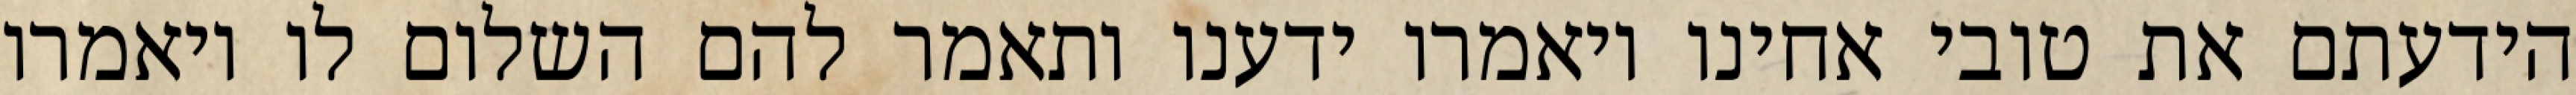
הידעתם את טובי אחינו ויאמרו ידענו ותאמר להם השלום לו ויאמרו